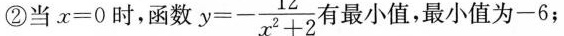
②当$$x = 0$$时，函数 $$y = - \frac { 1 2 } { x ^ { 2 } + 2 }$$ 有最小值，最小值为一6；